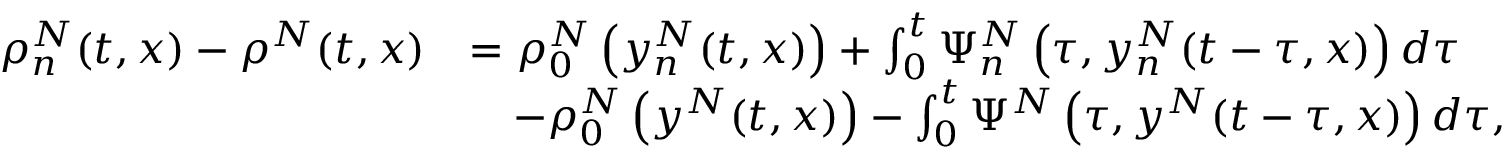
\begin{array} { r l } { \rho _ { n } ^ { N } ( t , x ) - \rho ^ { N } ( t , x ) } & { = \rho _ { 0 } ^ { N } \left( y _ { n } ^ { N } ( t , x ) \right) + \int _ { 0 } ^ { t } \Psi _ { n } ^ { N } \left( \tau , y _ { n } ^ { N } ( t - \tau , x ) \right) d \tau } \\ & { \quad - \rho _ { 0 } ^ { N } \left( y ^ { N } ( t , x ) \right) - \int _ { 0 } ^ { t } \Psi ^ { N } \left( \tau , y ^ { N } ( t - \tau , x ) \right) d \tau , } \end{array}